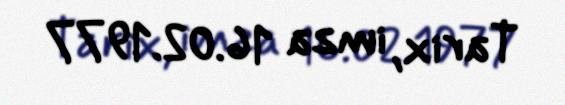
Tarix, imza 16.02.1977